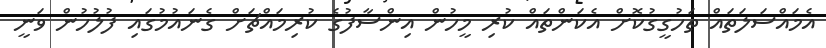
އެމައްސަލަތައް ތަހުގީގުކޮށް އެކަންތައް ކުރި މީހުން އިންސާފުގެ ކުރިމައްޗަށް ގެނައުމުގައި ފުލުހުން ވަނީ